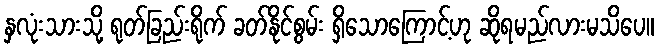
နှလုံးသားသို့ ရုတ်ခြည်းရိုက် ခတ်နိုင်စွမ်း ရှိသောကြောင့်ဟု ဆိုရမည်လားမသိပေ။